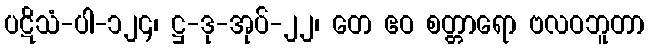
ပဋိသံ-ပါ-၁၂၄၊ ဋ္ဌ-ဒု-အုပ်-၂၂၊ တေ ဧဝ စတ္တာရော ဗလဝဘူတာ